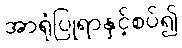
အာရုံပြုရာနှင့်စပ်၍